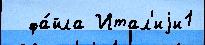
  фа́йла Итал'иjи1